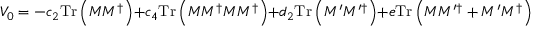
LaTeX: V _ { 0 } = - c _ { 2 } \mathrm { T r } \left( M M ^ { \dagger } \right) + c _ { 4 } \mathrm { T r } \left( M M ^ { \dagger } M M ^ { \dagger } \right) + d _ { 2 } \mathrm { T r } \left( M ^ { \prime } M ^ { \prime \dagger } \right) + e \mathrm { T r } \left( M M ^ { \prime \dagger } + M ^ { \prime } M ^ { \dagger } \right) .